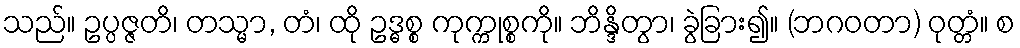
သည်။ ဥပ္ပဇ္ဇတိ၊ တသ္မာ, တံ၊ ထို ဥဒ္ဓစ္စ ကုက္ကုစ္စကို။ ဘိန္ဒိတွာ၊ ခွဲခြား၍။ (ဘဂဝတာ) ဝုတ္တံ။ စ